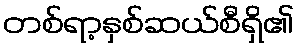
တစ်ရာ့နှစ်ဆယ်စီရှိ၏